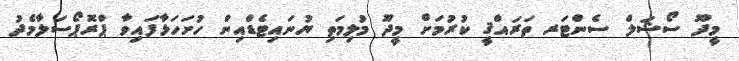
މީދޫ ސޯޝަލް ސެންޓަރ ތަރައްޤީ ކުރުމަށް މީދޫ މުލިމަތި ޔުނައިޓެޑްއިން ހުށަހަޅާފައިވާ ޕްރޮޕޯސަލާމެދު